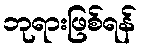
ဘုရားဖြစ်ရန်